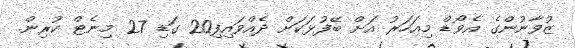
ޒުވާނުންގެ އެވޯޑް މިއަހަރު އަށް ބޭފުޅަކަށް ދެއްވައިފި20 ގަޑި 27 މިނެޓް ކުރިން.